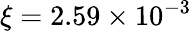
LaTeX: \xi=2.59\times 10^{-3}